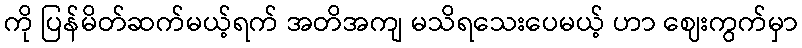
ကို ပြန်မိတ်ဆက်မယ့်ရက် အတိအကျ မသိရသေးပေမယ့် ဟာ ဈေးကွက်မှာ